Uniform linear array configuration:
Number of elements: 12
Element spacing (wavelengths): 0.25
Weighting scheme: binomial
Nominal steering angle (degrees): -30
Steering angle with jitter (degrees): -30.61
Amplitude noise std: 0.05
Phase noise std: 0.05

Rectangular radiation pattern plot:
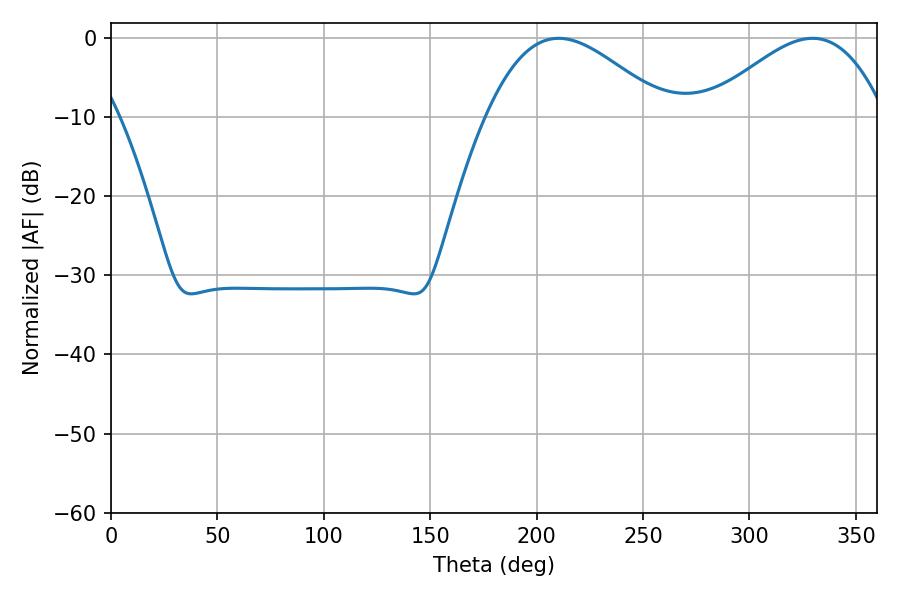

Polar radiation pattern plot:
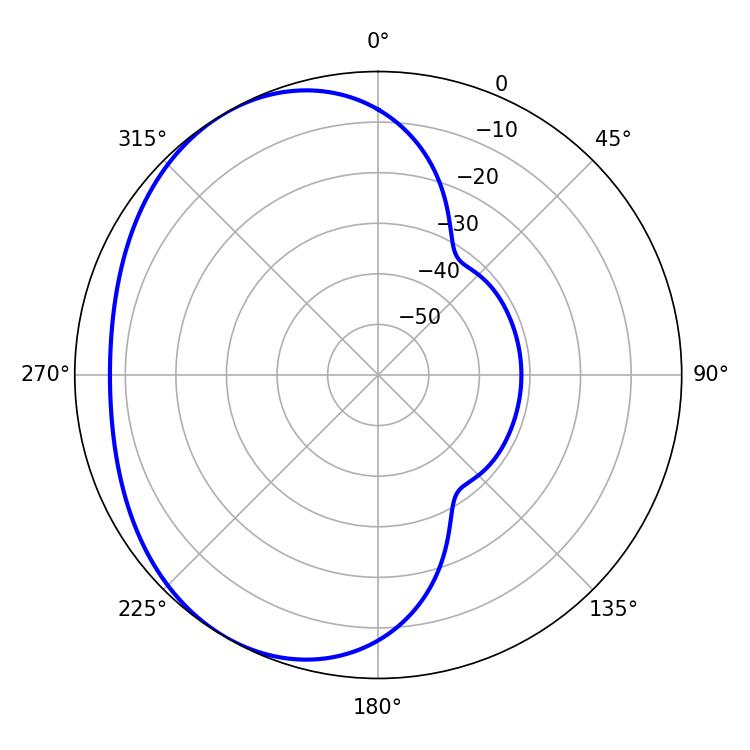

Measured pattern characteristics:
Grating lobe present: FALSE
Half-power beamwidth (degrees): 45.36
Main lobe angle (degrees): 210.42